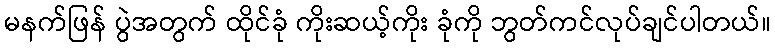
မနက်ဖြန် ပွဲအတွက် ထိုင်ခုံ ကိုးဆယ့်ကိုး ခုံကို ဘွတ်ကင်လုပ်ချင်ပါတယ်။